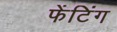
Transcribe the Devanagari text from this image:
फेंटिंग